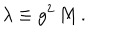
\lambda \equiv g ^ { 2 } \, M \, .